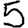
Digit: 5